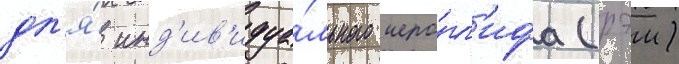
дл'я́ инд'ив'идуа́льного иеро́гл'ифа (рэи)